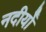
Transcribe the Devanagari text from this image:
नदीयोँ